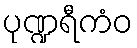
ပုဏ္ဍရီကံဝ